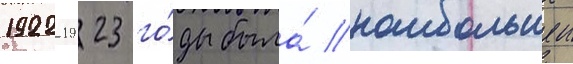
1922-1923 го́ды была́ наибольшеи